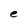
Character: e